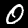
Digit: 0